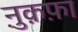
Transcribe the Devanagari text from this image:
नु़क़फ़ा